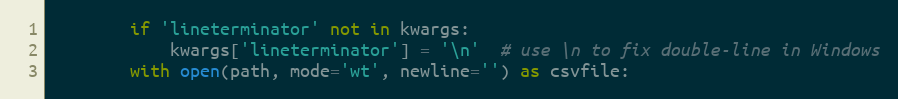
Language: Python
        if 'lineterminator' not in kwargs:
            kwargs['lineterminator'] = '\n'  # use \n to fix double-line in Windows
        with open(path, mode='wt', newline='') as csvfile: